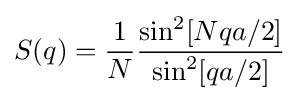
S(q)={\frac {1}{N}}{\frac {\sin ^{2}[Nqa/2]}{\sin ^{2}[qa/2]}}